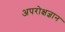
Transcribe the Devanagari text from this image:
अपरोक्षज्ञान